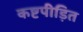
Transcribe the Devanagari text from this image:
कष्टपीड़ित